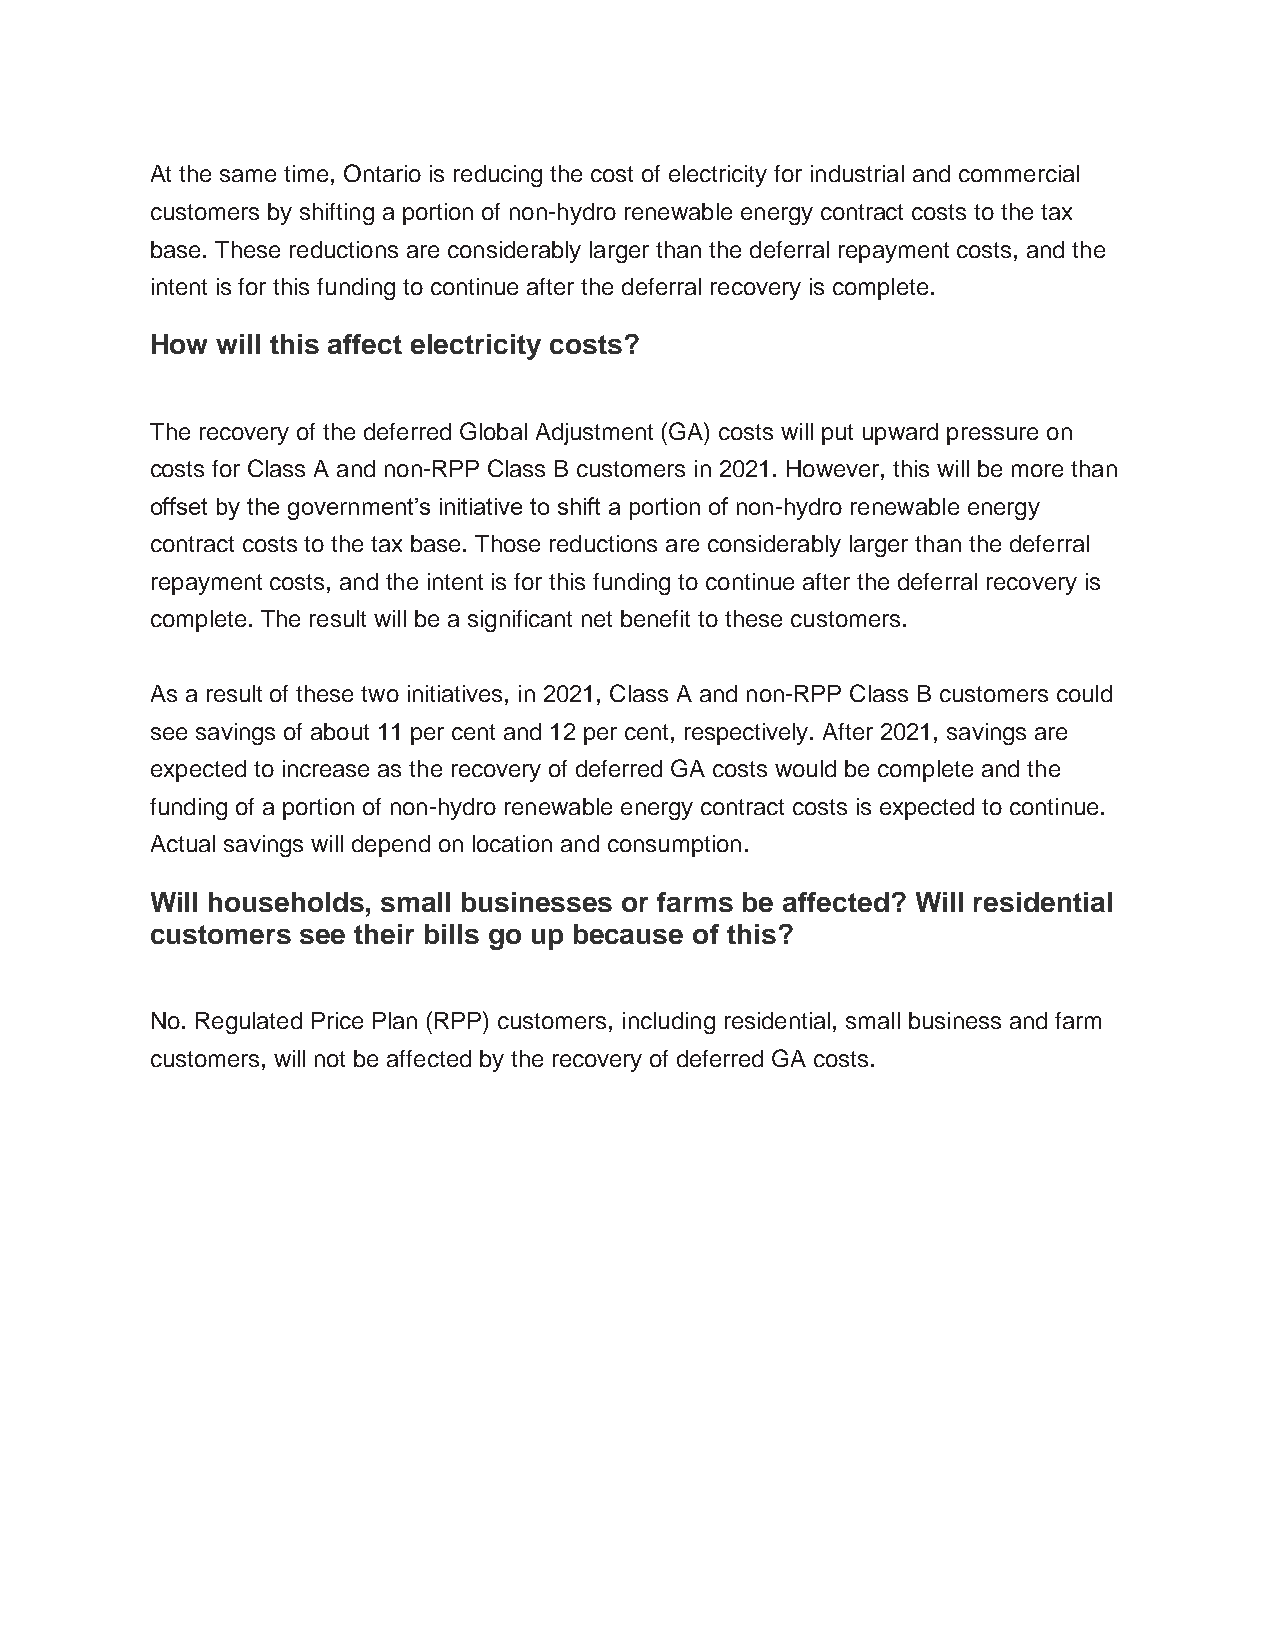
At the same time, Ontario is reducing the cost of electricity for industrial and commercial
 customers by shifting a portion of non-hydro renewable energy contract costs to the tax
 base. These reductions are considerably larger than the deferral repayment costs, and the
 intent is for this funding to continue after the deferral recovery is complete.
 How will this affect electricity costs?
 The recovery of the deferred Global Adjustment (GA) costs will put upward pressure on
 costs for Class A and non-RPP Class B customers in 2021. However, this will be more than
 offset by the government’s initiative to shift a portion of non-hydro renewable energy
 contract costs to the tax base. Those reductions are considerably larger than the deferral
 repayment costs, and the intent is for this funding to continue after the deferral recovery is
 complete. The result will be a significant net benefit to these customers.
 As a result of these two initiatives, in 2021, Class A and non-RPP Class B customers could
 see savings of about 11 per cent and 12 per cent, respectively. After 2021, savings are
 expected to increase as the recovery of deferred GA costs would be complete and the
 funding of a portion of non-hydro renewable energy contract costs is expected to continue.
 Actual savings will depend on location and consumption.
 Will households, small businesses or farms be affected? Will residential
 customers see their bills go up because of this?
 No. Regulated Price Plan (RPP) customers, including residential, small business and farm
 customers, will not be affected by the recovery of deferred GA costs.